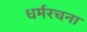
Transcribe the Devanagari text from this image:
धर्मरचना